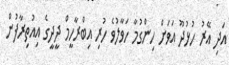
އަދި އޭރު ހުޅުދޫ އަވަށް ހިންގުމާ ހަވާލުވެ ހުރި އިބްރާހީމް ދީދީގެ އިއުތިރާފުން